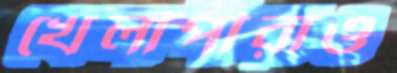
খেলাপীরাও